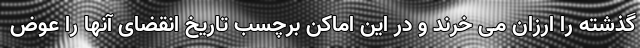
گذشته را ارزان می خرند و در این اماکن برچسب تاریخ انقضای آنها را عوض